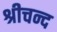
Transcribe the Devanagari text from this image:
श्रीचन्द